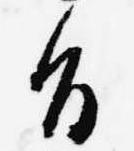
旨